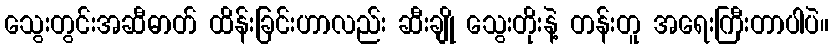
သွေးတွင်းအဆီဓာတ် ထိန်းခြင်းဟာလည်း ဆီးချို သွေးတိုးနဲ့ တန်းတူ အရေးကြီးတာပါပဲ။